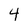
Character: 4